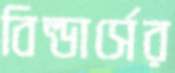
বিল্ডার্সের